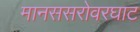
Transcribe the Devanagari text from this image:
मानससरोवरघाट